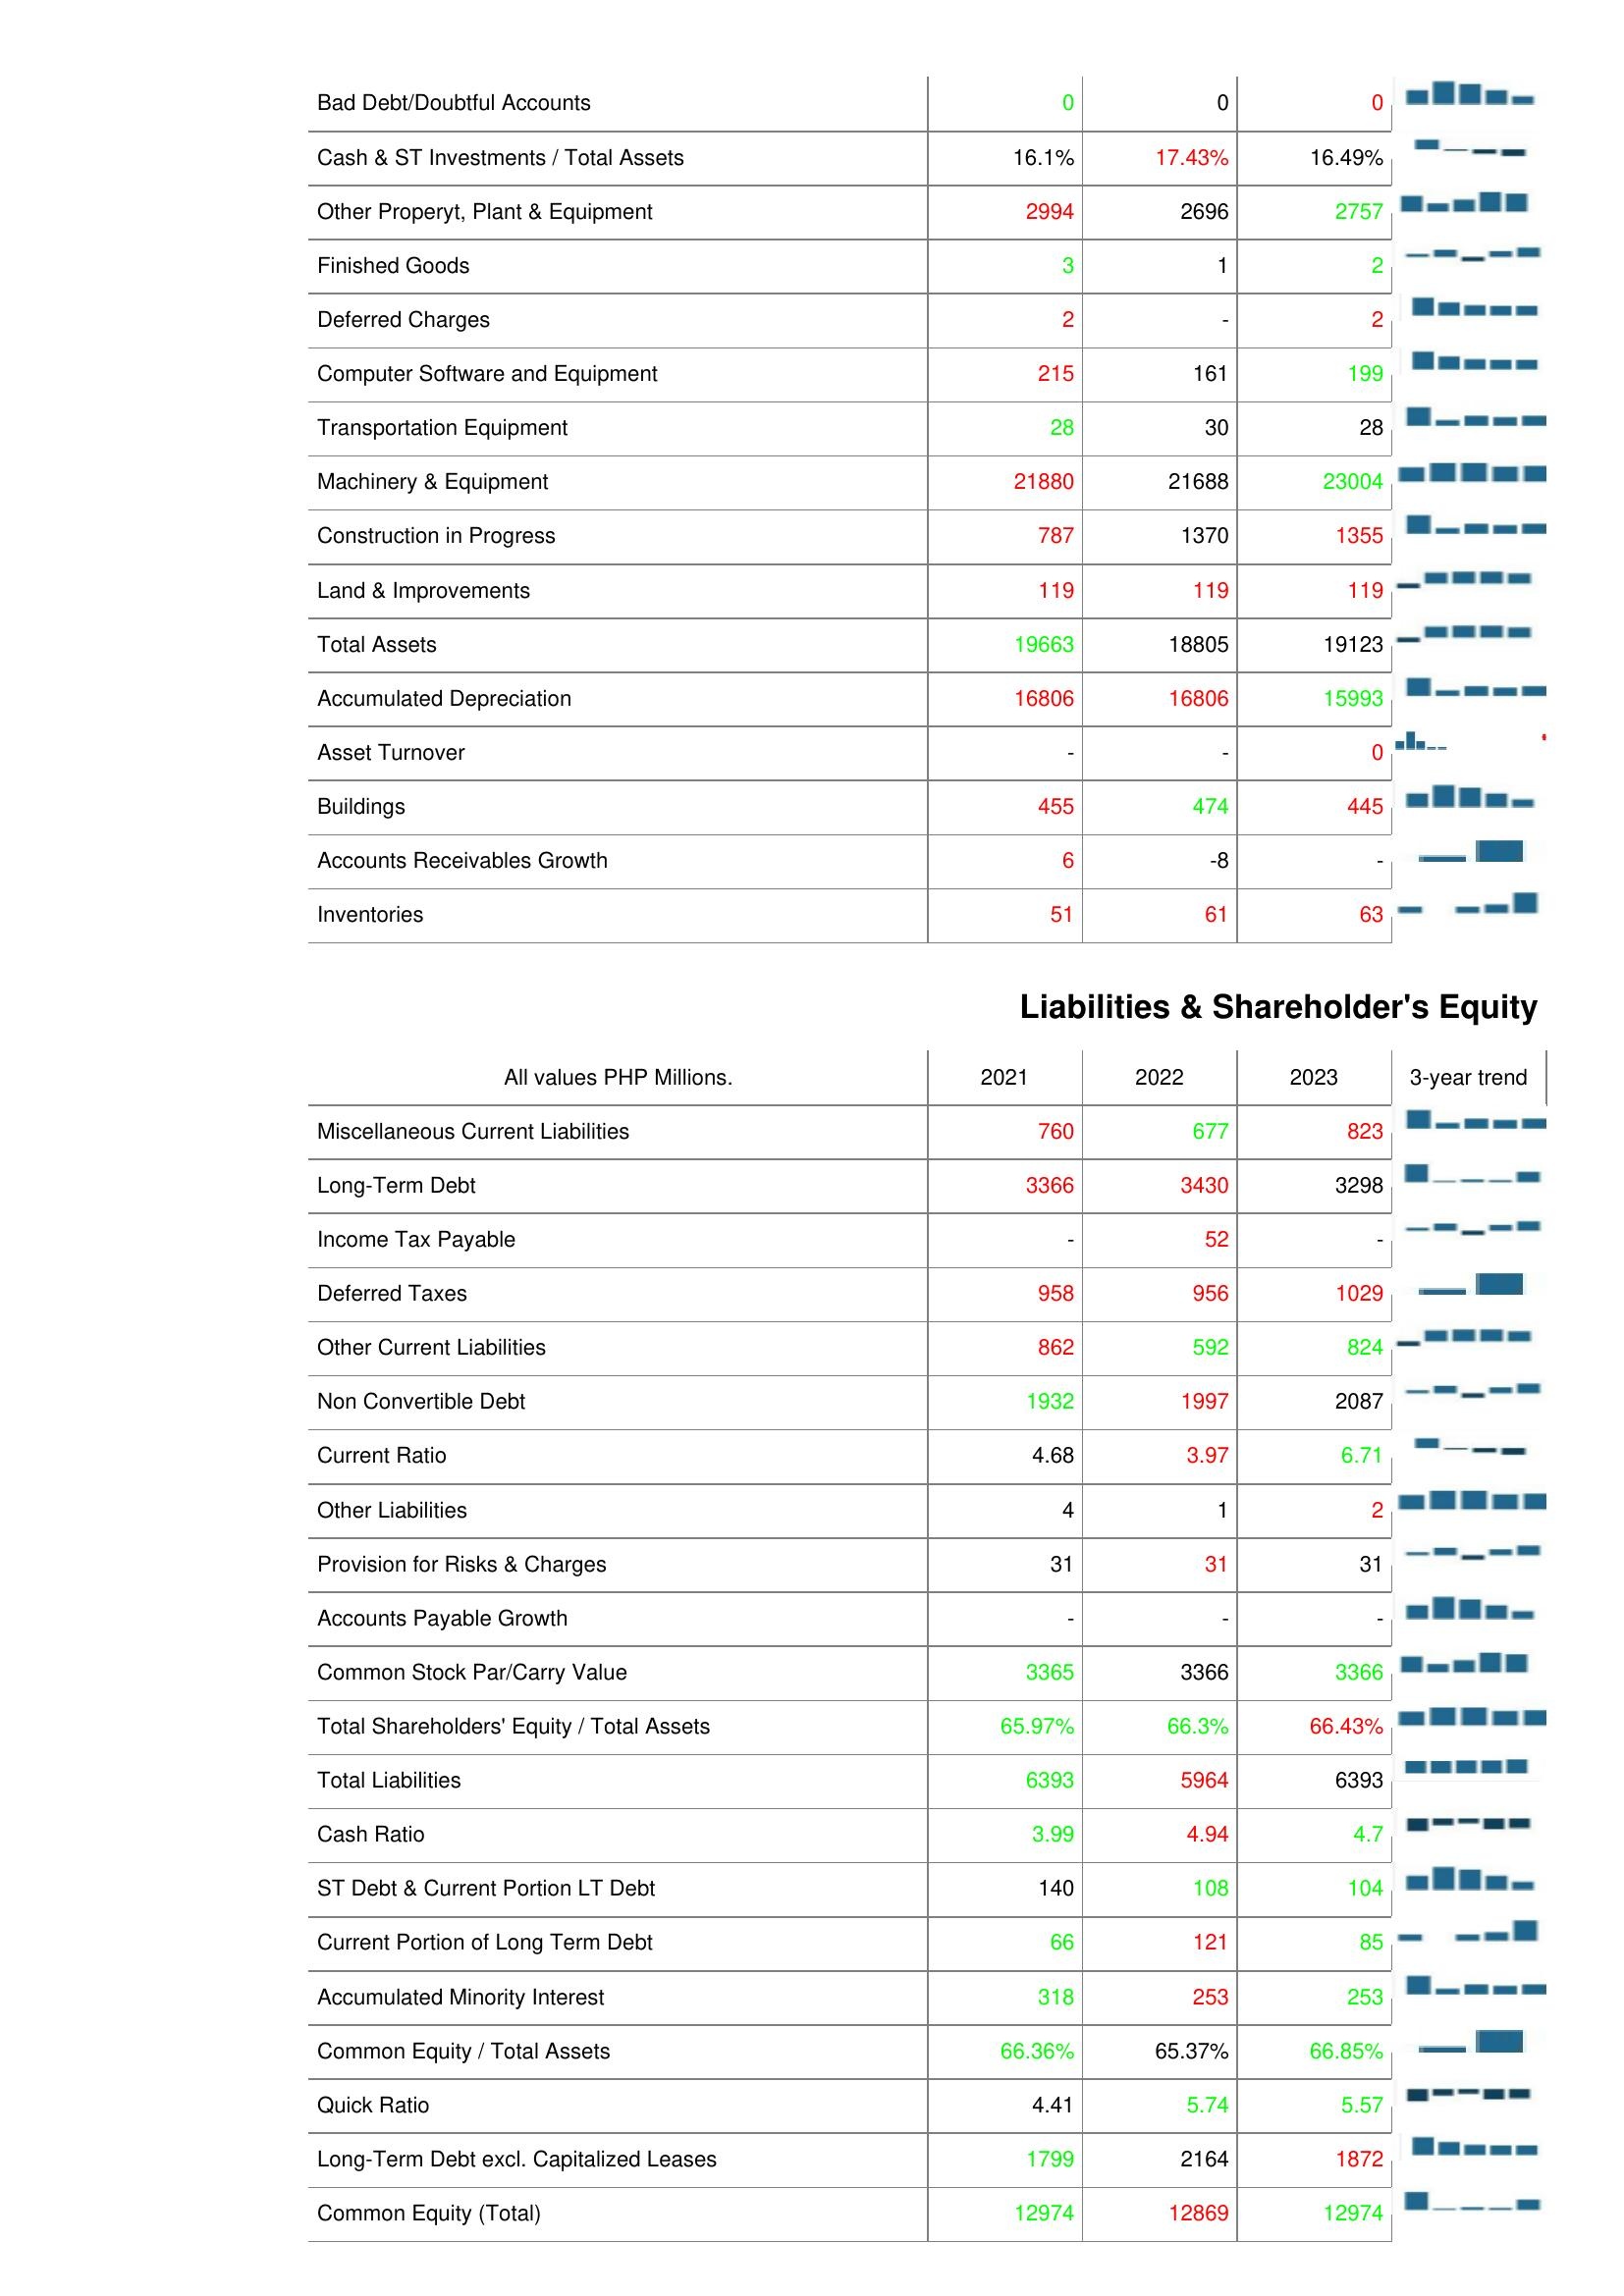
2021: Assets: Bad Debt/Doubtful Accounts: 0
Cash & ST Investments / Total Assets: 16.1%
Other Properyt, Plant & Equipment: 2994
Finished Goods: 3
Deferred Charges: 2
Computer Software and Equipment: 215
Transportation Equipment: 28
Machinery & Equipment: 21880
Construction in Progress: 787
Land & Improvements: 119
Total Assets: 19663
Accumulated Depreciation: 16806
Asset Turnover: -
Buildings: 455
Accounts Receivables Growth: 6
Inventories: 51
Liabilities & Shareholder's Equity: Miscellaneous Current Liabilities: 760
Long-Term Debt: 3366
Income Tax Payable: -
Deferred Taxes: 958
Other Current Liabilities: 862
Non Convertible Debt: 1932
Current Ratio: 4.68
Other Liabilities: 4
Provision for Risks & Charges: 31
Accounts Payable Growth: -
Common Stock Par/Carry Value: 3365
Total Shareholders' Equity / Total Assets: 65.97%
Total Liabilities: 6393
Cash Ratio: 3.99
ST Debt & Current Portion LT Debt: 140
Current Portion of Long Term Debt: 66
Accumulated Minority Interest: 318
Common Equity / Total Assets: 66.36%
Quick Ratio: 4.41
Long-Term Debt excl. Capitalized Leases: 1799
Common Equity (Total): 12974
2022: Assets: Bad Debt/Doubtful Accounts: 0
Cash & ST Investments / Total Assets: 17.43%
Other Properyt, Plant & Equipment: 2696
Finished Goods: 1
Deferred Charges: -
Computer Software and Equipment: 161
Transportation Equipment: 30
Machinery & Equipment: 21688
Construction in Progress: 1370
Land & Improvements: 119
Total Assets: 18805
Accumulated Depreciation: 16806
Asset Turnover: -
Buildings: 474
Accounts Receivables Growth: -8
Inventories: 61
Liabilities & Shareholder's Equity: Miscellaneous Current Liabilities: 677
Long-Term Debt: 3430
Income Tax Payable: 52
Deferred Taxes: 956
Other Current Liabilities: 592
Non Convertible Debt: 1997
Current Ratio: 3.97
Other Liabilities: 1
Provision for Risks & Charges: 31
Accounts Payable Growth: -
Common Stock Par/Carry Value: 3366
Total Shareholders' Equity / Total Assets: 66.3%
Total Liabilities: 5964
Cash Ratio: 4.94
ST Debt & Current Portion LT Debt: 108
Current Portion of Long Term Debt: 121
Accumulated Minority Interest: 253
Common Equity / Total Assets: 65.37%
Quick Ratio: 5.74
Long-Term Debt excl. Capitalized Leases: 2164
Common Equity (Total): 12869
2023: Assets: Bad Debt/Doubtful Accounts: 0
Cash & ST Investments / Total Assets: 16.49%
Other Properyt, Plant & Equipment: 2757
Finished Goods: 2
Deferred Charges: 2
Computer Software and Equipment: 199
Transportation Equipment: 28
Machinery & Equipment: 23004
Construction in Progress: 1355
Land & Improvements: 119
Total Assets: 19123
Accumulated Depreciation: 15993
Asset Turnover: 0
Buildings: 445
Accounts Receivables Growth: -
Inventories: 63
Liabilities & Shareholder's Equity: Miscellaneous Current Liabilities: 823
Long-Term Debt: 3298
Income Tax Payable: -
Deferred Taxes: 1029
Other Current Liabilities: 824
Non Convertible Debt: 2087
Current Ratio: 6.71
Other Liabilities: 2
Provision for Risks & Charges: 31
Accounts Payable Growth: -
Common Stock Par/Carry Value: 3366
Total Shareholders' Equity / Total Assets: 66.43%
Total Liabilities: 6393
Cash Ratio: 4.7
ST Debt & Current Portion LT Debt: 104
Current Portion of Long Term Debt: 85
Accumulated Minority Interest: 253
Common Equity / Total Assets: 66.85%
Quick Ratio: 5.57
Long-Term Debt excl. Capitalized Leases: 1872
Common Equity (Total): 12974